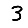
Digit: 3